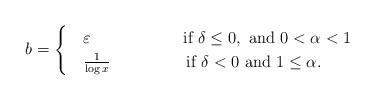
LaTeX: \begin{align*}b=\begin{cases}&\varepsilon \ \ \ \ \ \ \ \ \ \ \ \ \ \ \ \ \ \mbox{if} \ \delta \leq 0, \ \mbox{and} \ 0<\alpha <1\\&\frac{1}{\log x} \ \ \ \ \ \ \ \ \ \ \ \ \ \ \mbox{if} \ \delta <0 \ \mbox{and} \ 1\leq \alpha.\end{cases}\end{align*}